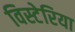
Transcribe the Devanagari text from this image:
विस्टेरिया